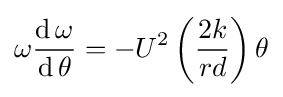
\omega {\frac {\operatorname {d} \omega }{\operatorname {d} \theta }}=-U^{2}\left({\frac {2k}{rd}}\right)\theta